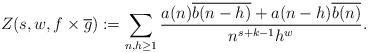
LaTeX: \begin{align*} Z(s,w,f\times \overline{g}) := \sum_{n,h \geq 1} \frac{a(n)\overline{b(n-h)} + a(n-h)\overline{b(n)}}{n^{s + k - 1} h^w}. \end{align*}